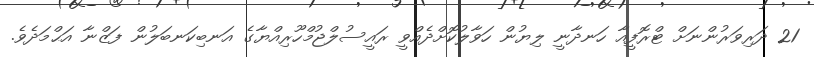
21 ދަރިވަރުންނަށް ޓްރޮފީއާ ހަނދާނީ ލިޔުން ހަވާލުކޮށްދެއްވީ ރައީސުލްޖުމްހޫރިއްޔާގެ އަނބިކަނބަލުން ފަޒްނާ އަޙްމަދެވެ.